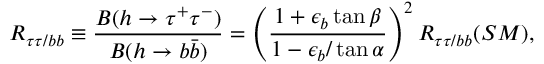
R _ { \tau \tau / b b } \equiv \frac { B ( h \rightarrow \tau ^ { + } \tau ^ { - } ) } { B ( h \rightarrow b \bar { b } ) } = \left( \frac { 1 + \epsilon _ { b } \tan { \beta } } { 1 - \epsilon _ { b } / \tan { \alpha } } \right) ^ { 2 } R _ { \tau \tau / b b } ( S M ) , \nonumber